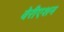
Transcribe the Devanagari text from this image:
वेरीएशन